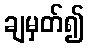
ချမှတ်၍